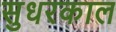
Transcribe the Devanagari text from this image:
सुधरकाल